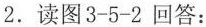
2.读图3-5-2回答：